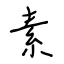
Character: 素